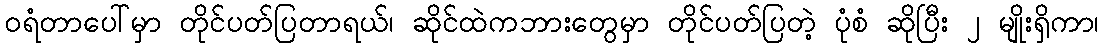
ဝရံတာပေါ်မှာ တိုင်ပတ်ပြတာရယ်၊ ဆိုင်ထဲကဘားတွေမှာ တိုင်ပတ်ပြတဲ့ ပုံစံ ဆိုပြီး ၂ မျိုးရှိကာ၊